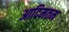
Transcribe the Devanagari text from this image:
आदिमतम